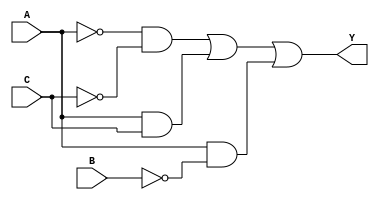
// Ecuacin a implementar: Y = A'C'+AC+AB';

module gateLevel(input wire A, B, C, output wire Y);

  wire notA, notB, notC, w1, w2, w3;

  not(notA, A);
  not(notB, B);
  not(notC, C);
  and(w1, notA, notC);
  and(w2, A, C);
  and(w3, A, notB);
  or (Y, w1, w2, w3);

endmodule


module gateLevel1(input wire A, B, C, output wire Y);

  wire notB;
  not(Y, B);

endmodule

module gateLevel2(input wire A, B, C, D, output wire Y);

  wire notA, notB, notC, notD, w1, w2, w3, w4, w5, w6, w7, w8;

  not(notA, A);
  not(notB, B);
  not(notC, C);
  not(notD, D);
  and(w1, notA, notB, notC, notD);
  and(w2, notA, notB, C, D);
  and(w3, notA, B, notC, D);
  and(w4, notA, B, C, notD);
  and(w5, A, B, notC, notD);
  and(w6, A, B, C, D);
  and(w7, A, notB, notC, D);
  and(w8, A, notB, C, notD);
  or(Y, w1, w2, w3, w4, w5, w6, w7, w8);

endmodule

module gateLevel3(input wire A, B, C, D, output wire Y);

  wire notC, notD, w1, w2, w3;

  not(notC, C);
  not(notD, D);
  and(w1, A, B);
  and(w2, A, C, D);
  and(w3, A, notC, notD);
  or(Y, w1, w2, w3);

endmodule

module operadores(input wire A, B, C, D, output wire Y);

  assign Y = (A & ~C) | (A & ~B) | (A & ~D) | (~B & ~C & ~D);

endmodule

module operadores1(input wire A, B, C, D, output wire Y);

  assign Y = (B | (~C & D) | (A & D));
endmodule


module operadores2(input wire A, B, C, output wire Y);

  assign Y = (~B | C);

endmodule


module operadores3(input wire A, B, C, output wire Y);

  assign Y = (B | (~A & ~C));

endmodule